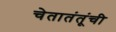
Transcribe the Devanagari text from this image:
चेतातंतूंची